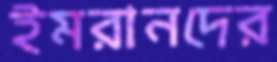
ইমরানদের